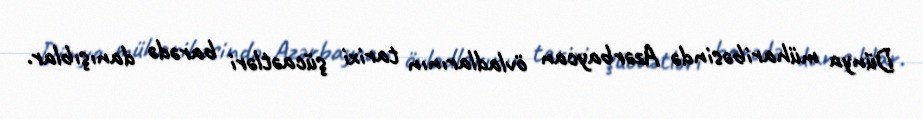
Dünya müharibəsində Azərbaycan övladlarının tarixi şücaətləri barədə danışıblar.